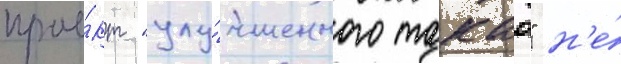
прое́кт "улу́чшенного такао" н'е́